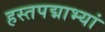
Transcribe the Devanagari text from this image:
हस्तपद्माभ्यां